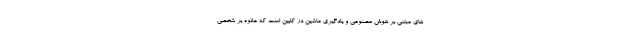
های مبتنی بر هوش مصنوعی و یادگیری ماشین در کابین است که علاوه بر شخصی